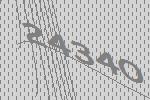
24340